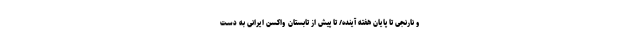
و نارنجی تا پایان هفته آینده/ تا پیش از تابستان واکسن ایرانی به دست